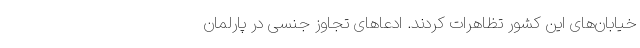
خیابان‌های این کشور تظاهرات کردند. ادعاهای تجاوز جنسی در پارلمان